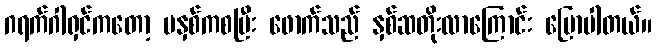
ဂရက်ဂါရှင်ကတော့ မနှစ်ကစပြီး ဖောက်သည် နှစ်ဆတိုးလာကြောင်း ပြောပါတယ်။